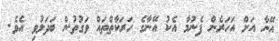
އޭނާ އަށް އަހަރެން ފެނުމާ އެކު އޭނާގެ ހަރަކާތްތައް ވަގުތުން ބަދަލުވި އެވެ.